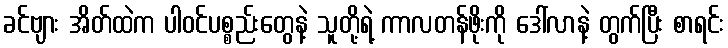
ခင်ဗျား အိတ်ထဲက ပါဝင်ပစ္စည်းတွေနဲ့ သူတို့ရဲ့ ကာလတန်ဖိုးကို ဒေါ်လာနဲ့ တွက်ပြီး စာရင်း